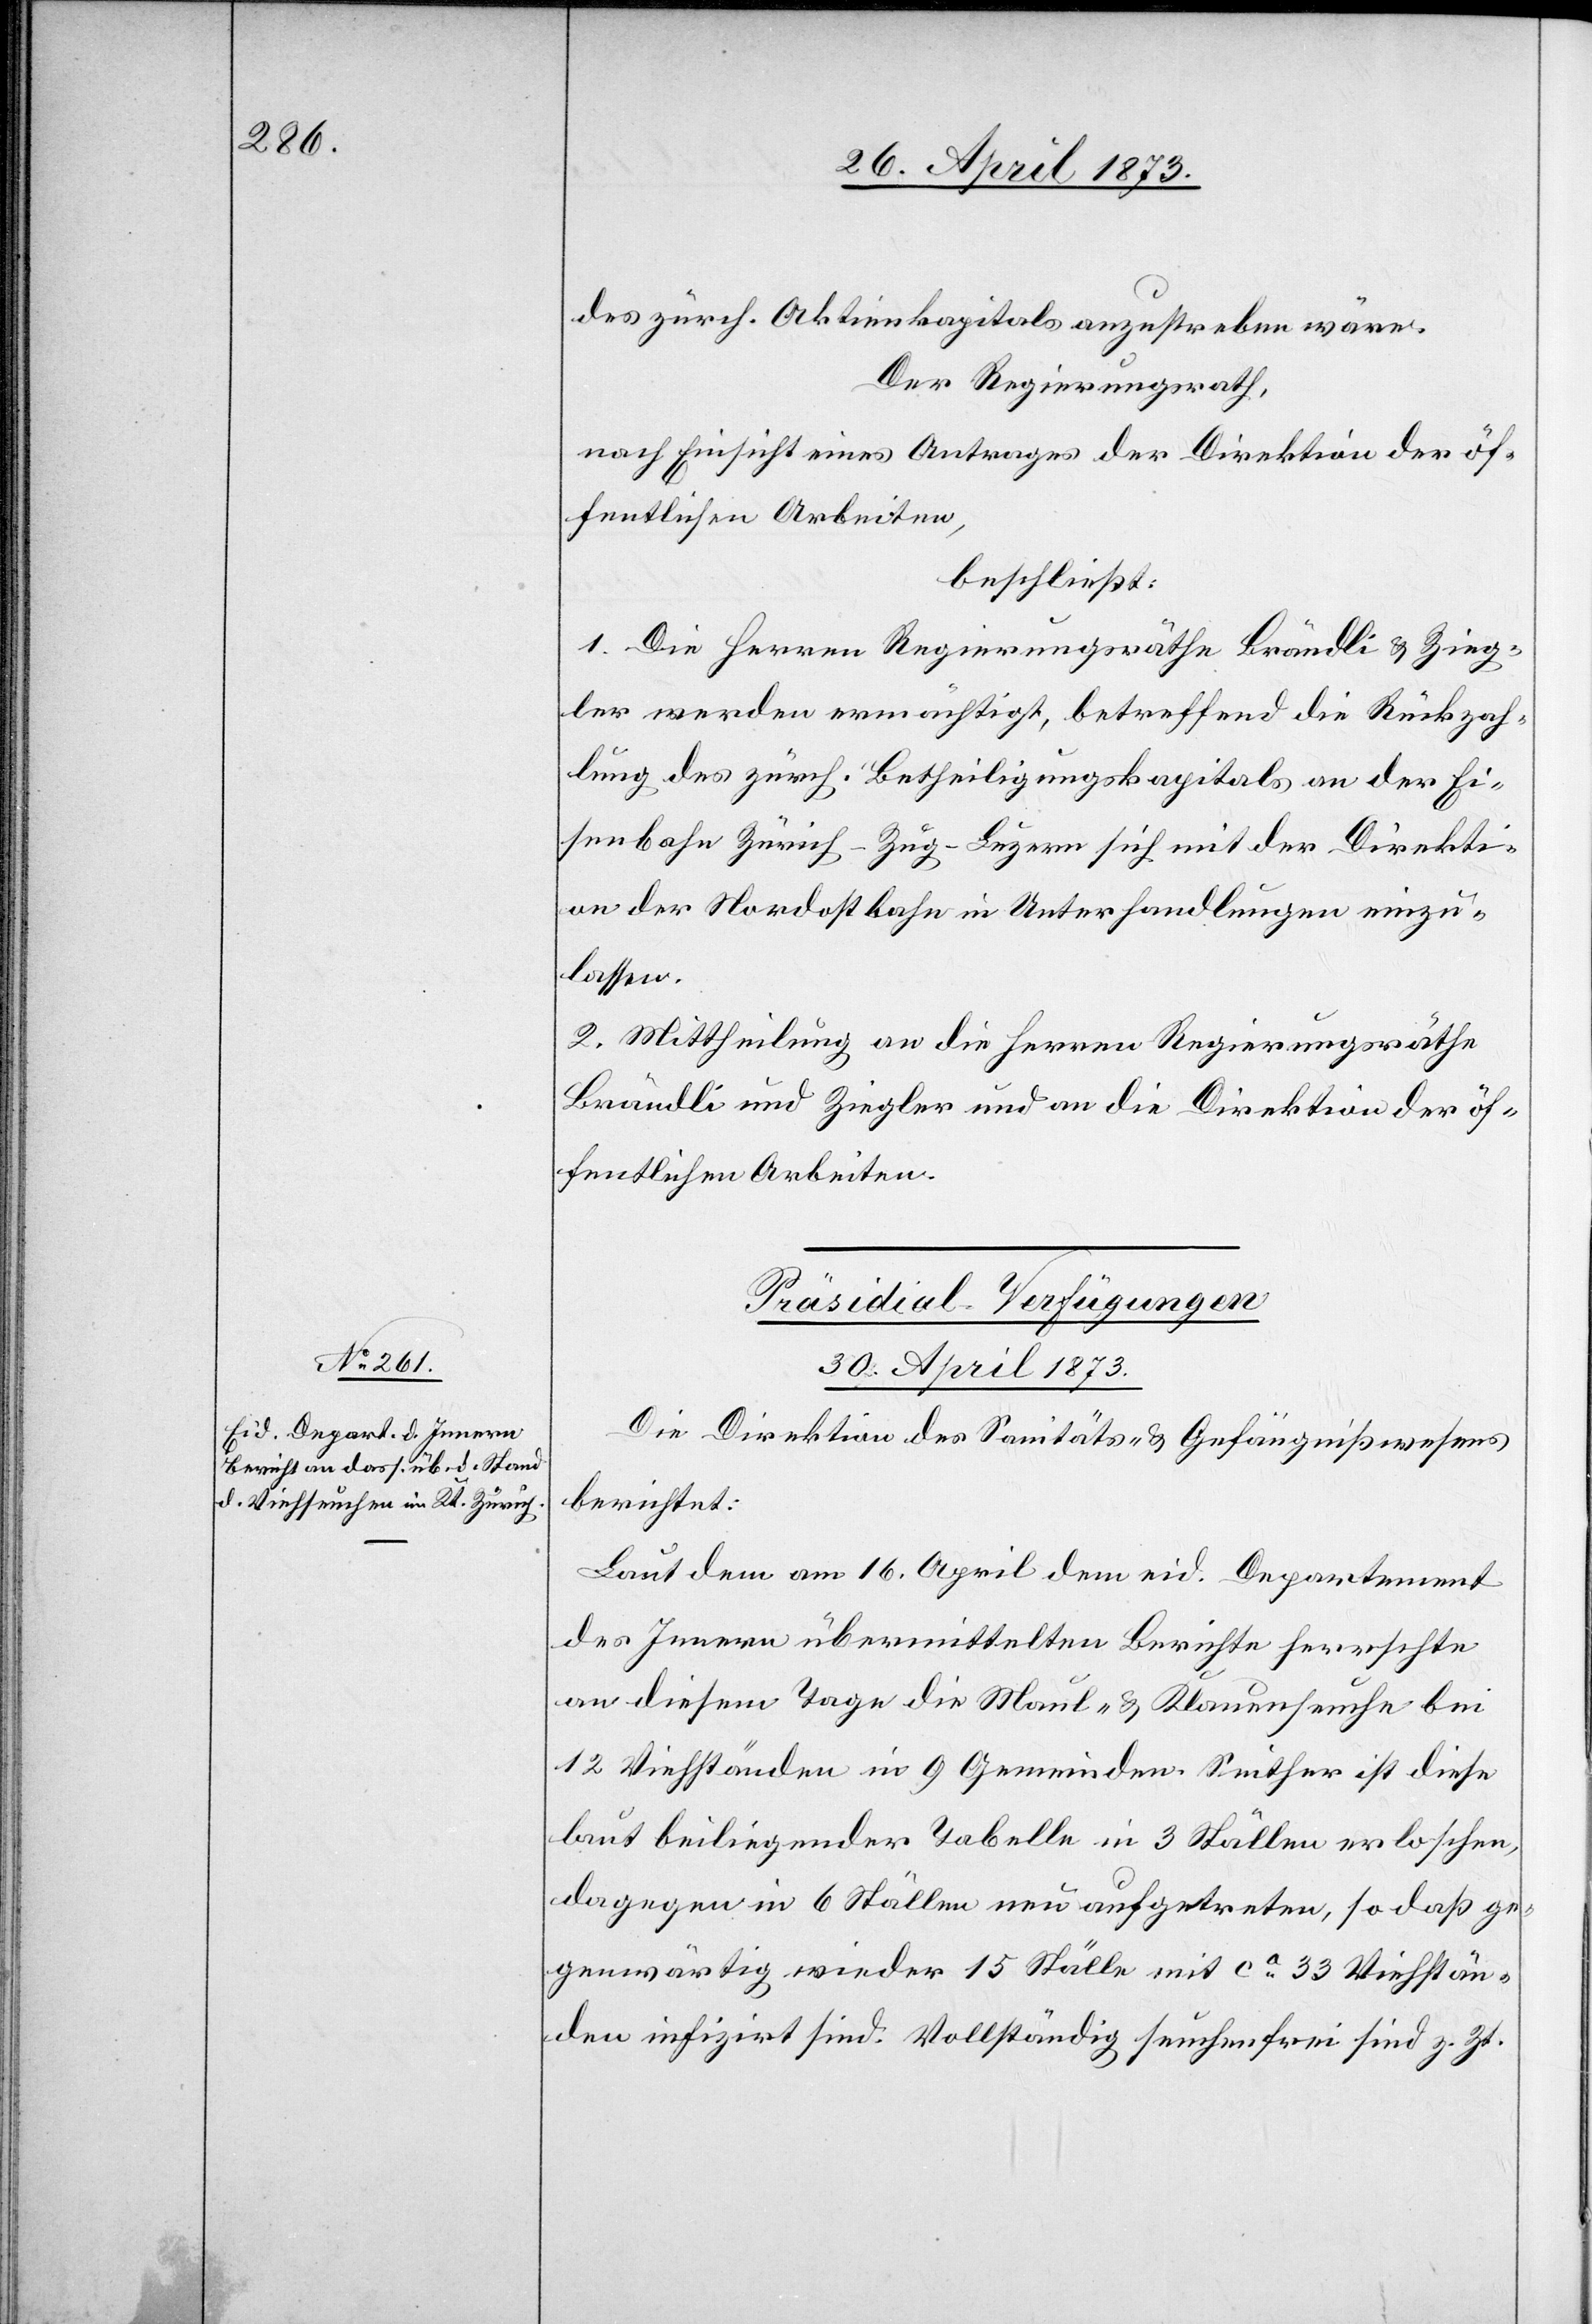
des zürch. Aktienkapitals anzustreben wäre.
Der Regierungsrath,
nach Einsicht eines Antrages der Direktion der öf¬
fentlichen Arbeiten,
beschließt:
1. Die Herren Regierungsräthe Brändli & Zieg¬
ler werden ermächtigt, betreffend die Rückzah¬
lung des zürch. Betheiligungskapitals an der Ei¬
senbahn Zürich–Zug–Luzern sich mit der Direkti¬
on der Nordostbahn in Unterhandlugen einzu¬
lassen.
2. Mittheilung an die Herren Regierungsräthe
Brändli und Ziegler und an die Direktion der öf¬
fentlichen Arbeiten.
Präsididal-Verfügungen
30. April 1873
Die Direktion des Sanitäts- & Gefängnißwesens
berichtet:
Laut dem am 16. April dem eid. Departement
des Innern übermittelten Berichte herrschte
an diesem Tage die Maul- & Klauenseuche bei
12 Viehständen in 9 Gemeinden. Seither ist diese
laut beiliegender Tabelle in 3 Ställen erloschen,
dagegen in 6 Ställen neu aufgetreten, so daß ge¬
genwärtig wieder 15 Ställe mit ca 33 Viehstän¬
den infizirt sind. Vollständig seuchenfrei sind z. Zt.